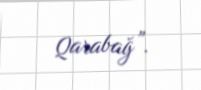
Qarabağ”.